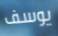
يوسف